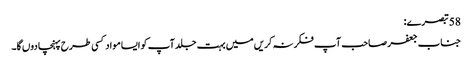
58 تبصرے:
جناب جعفر صاحب آپ فکر نہ کریں میں بہت جلد آپ کو ایسا مواد کسی طرح پہنچا دوں گا۔